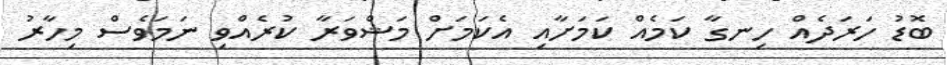
ބޮޑު ހަރަދެއް ހިނގާ ކަމެއް ކަމަށާއި އެކަމަށް މަޝްވަރާ ކުރެއްވި ނަމަވެސް މިހާރު